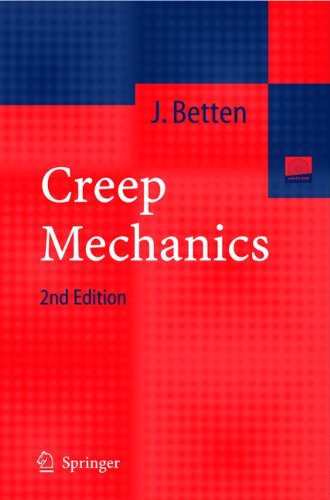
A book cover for Creep Mechanics; Josef Betten; Science & Math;